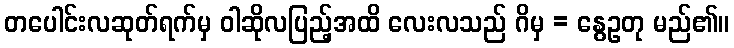
တပေါင်းလဆုတ်ရက်မှ ဝါဆိုလပြည့်အထိ လေးလသည် ဂိမှ = နွေဥတု မည်၏။